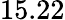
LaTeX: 15.22